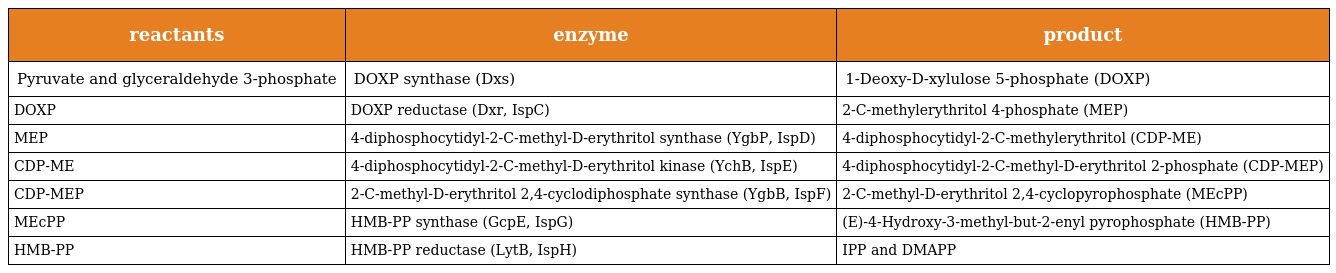
| reactants | enzyme | product |
 | --- | --- | --- |
 | Pyruvate and glyceraldehyde 3-phosphate | DOXP synthase (Dxs) | 1-Deoxy-D-xylulose 5-phosphate (DOXP) |
 | DOXP | DOXP reductase (Dxr, IspC) | 2-C-methylerythritol 4-phosphate (MEP) |
 | MEP | 4-diphosphocytidyl-2-C-methyl-D-erythritol synthase (YgbP, IspD) | 4-diphosphocytidyl-2-C-methylerythritol (CDP-ME) |
 | CDP-ME | 4-diphosphocytidyl-2-C-methyl-D-erythritol kinase (YchB, IspE) | 4-diphosphocytidyl-2-C-methyl-D-erythritol 2-phosphate (CDP-MEP) |
 | CDP-MEP | 2-C-methyl-D-erythritol 2,4-cyclodiphosphate synthase (YgbB, IspF) | 2-C-methyl-D-erythritol 2,4-cyclopyrophosphate (MEcPP) |
 | MEcPP | HMB-PP synthase (GcpE, IspG) | (E)-4-Hydroxy-3-methyl-but-2-enyl pyrophosphate (HMB-PP) |
 | HMB-PP | HMB-PP reductase (LytB, IspH) | IPP and DMAPP |